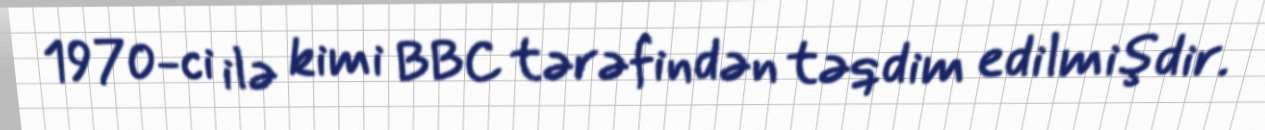
1970-ci ilə kimi BBC tərəfindən təqdim edilmişdir.